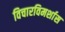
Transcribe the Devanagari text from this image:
विचारविमर्शास